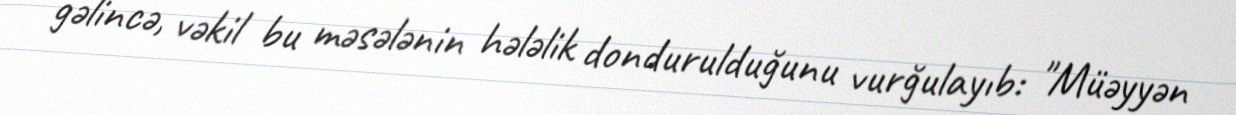
gəlincə, vəkil bu məsələnin hələlik dondurulduğunu vurğulayıb: "Müəyyən